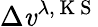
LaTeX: \Delta\mathit{v}^{\lambda,\mathrm{{~K~S~}}}